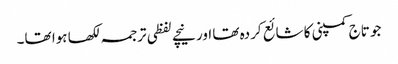
جو تاج کمپنی کا شائع کردہ تھا اور نیچے لفظی ترجمہ لکھا ہوا تھا۔